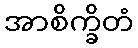
အာစိက္ခိတံ